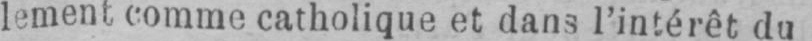
lement comme catholique et dans l’intérêt du